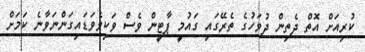
ކުރިއަށް އޮތް ދެތިން ދުވަހުގެ ތެރޭގައި ގައުމީ ޕާޓީން ވެސް ވަކިވެވަޑައިގަންނަވާނެ ކަމަށް